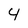
Character: 4